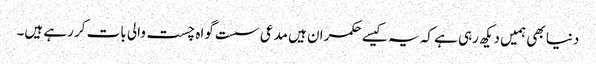
دنیا بھی ہمیں دیکھ رہی ہے کہ یہ کیسے حکمران ہیں مدعی سست گواہ چست والی بات کر رہے ہیں۔